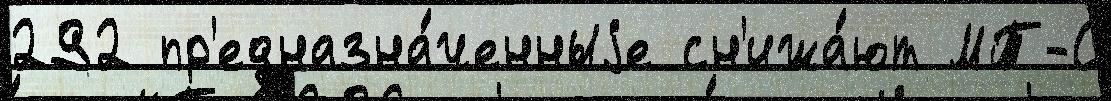
292 пр'едназна́ченныjе сн'ижа́ют МТ-С